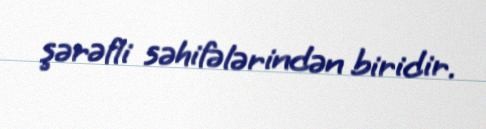
şərəfli səhifələrindən biridir.